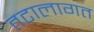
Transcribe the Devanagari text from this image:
तटालागत